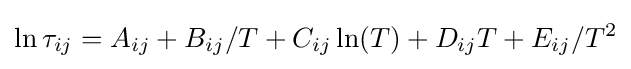
\ln \tau _{ij}=A_{ij}+B_{ij}/T+C_{ij}\ln(T)+D_{ij}T+E_{ij}/T^{2}